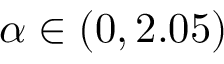
\alpha \in ( 0 , 2 . 0 5 )